Note on the mental hospitals in Burma - 1925-1940
Year: 1925
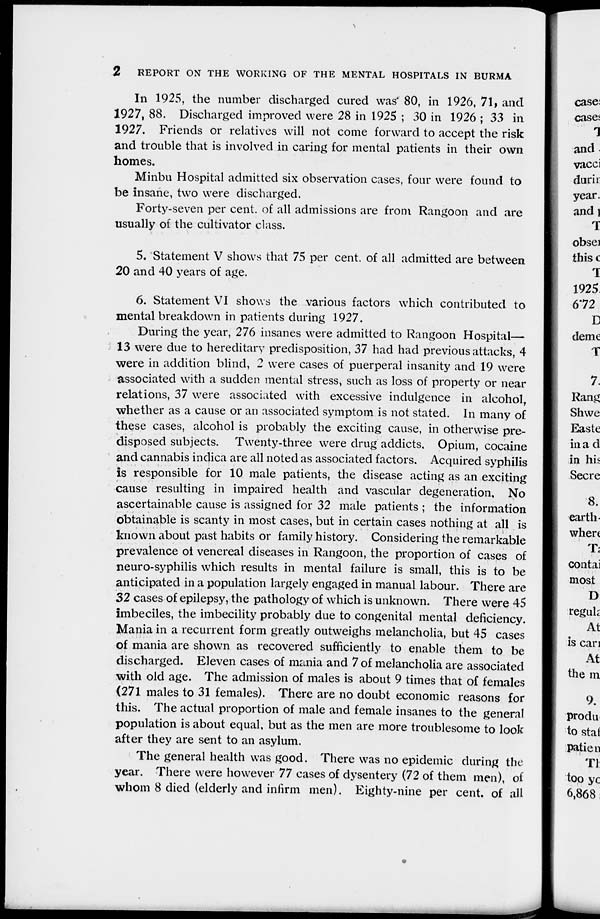
2
REPORT ON THE WORKING OF THE MENTAL HOSPITALS IN BURMA
In 1925, the number discharged cured was 80, in 1926, 71, and
1927, 88. Discharged improved were 28 in 1925 ; 30 in 1926 ; 33 in
1927. Friends or relatives will not come forward to accept the risk
and trouble that is involved in caring for mental patients in their own
homes.
Minbu Hospital admitted six observation cases, four were found to
be insane, two were discharged.
Forty-seven per cent. of all admissions are from Rangoon and are
usually of the cultivator class.
5. Statement V shows that 75 per cent. of all admitted are between
20 and 40 years of age.
6. Statement VI shows the various factors which contributed to
mental breakdown in patients during 1927.
During the year, 276 insanes were admitted to Rangoon Hospital—
13 were due to hereditary predisposition, 37 had had previous attacks, 4
were in addition blind, 2 were cases of puerperal insanity and 19 were
associated with a sudden mental stress, such as loss of property or near
relations, 37 were associated with excessive indulgence in alcohol,
whether as a cause or an associated symptom is not stated. In many of
these cases, alcohol is probably the exciting cause, in otherwise pre-
disposed subjects. Twenty-three were drug addicts. Opium, cocaine
and cannabis indica are all noted as associated factors. Acquired syphilis
is responsible for 10 male patients, the disease acting as an exciting
cause resulting in impaired health and vascular degeneration. No
ascertainable cause is assigned for 32 male patients ; the information
obtainable is scanty in most cases, but in certain cases nothing at all is
known about past habits or family history. Considering the remarkable
prevalence of venereal diseases in Rangoon, the proportion of cases of
neuro-syphilis which results in mental failure is small, this is to be
anticipated in a population largely engaged in manual labour. There are
32 cases of epilepsy, the pathology of which is unknown. There were 45
imbeciles, the imbecility probably due to congenital mental deficiency.
Mania in a recurrent form greatly outweighs melancholia, but 45 cases
of mania are shown as recovered sufficiently to enable them to be
discharged. Eleven cases of mania and 7 of melancholia are associated
with old age. The admission of males is about 9 times that of females
(271 males to 31 females). There are no doubt economic reasons for
this. The actual proportion of male and female insanes to the general
population is about equal, but as the men are more troublesome to look
after they are sent to an asylum.
The general health was good. There was no epidemic during the
year. There were however 77 cases of dysentery (72 of them men), of
whom 8 died (elderly and infirm men). Eighty-nine per cent. of all